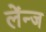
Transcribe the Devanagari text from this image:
लेंन्ज